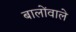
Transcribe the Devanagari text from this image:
बालोंवाले